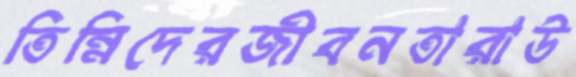
তিন্নিদেরজীবনতারাউ